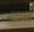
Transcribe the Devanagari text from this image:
प्यासों